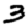
Digit: 3